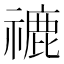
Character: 𥛞